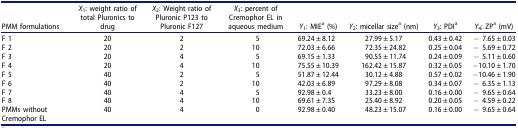
| PMM formulations | X1: weight ratio of total Pluronics to drug | X2: Weight ratio of Pluronic P123 to Pluronic F127 | X3: percent of Cremophor EL in aqueous medium | Y1: MIEa (%) | Y2: micellar sizea (nm) | Y3: PDIa | Y4: ZPa (mV) |
 | --- | --- | --- | --- | --- | --- | --- | --- |
 | F 1 | 20 | 2 | 5 | 69.24 ± 8.12 | 27.99 ± 5.17 | 0.43 ± 0.42 | − 7.65 ± 0.03 |
 | F 2 | 20 | 2 | 10 | 72.03 ± 6.66 | 72.35 ± 24.82 | 0.25 ± 0.04 | − 5.69 ± 0.72 |
 | F 3 | 20 | 4 | 5 | 69.15 ± 1.33 | 90.55 ± 11.74 | 0.24 ± 0.09 | − 5.11 ± 0.60 |
 | F 4 | 20 | 4 | 10 | 75.55 ± 10.39 | 162.42 ± 15.87 | 0.32 ± 0.05 | −10.10 ± 1.70 |
 | F 5 | 40 | 2 | 5 | 51.87 ± 12.44 | 30.12 ± 4.88 | 0.57 ± 0.02 | −10.46 ± 1.90 |
 | F 6 | 40 | 2 | 10 | 42.03 ± 6.89 | 97.29 ± 8.08 | 0.34 ± 0.07 | − 6.35 ± 1.13 |
 | F 7 | 40 | 4 | 5 | 92.98 ± 0.4 | 33.23 ± 8.00 | 0.16 ± 0.00 | − 9.65 ± 0.64 |
 | F 8 | 40 | 4 | 10 | 69.61 ± 7.35 | 25.40 ± 8.92 | 0.20 ± 0.05 | − 4.59 ± 0.22 |
 | PMMs without Cremophor EL | 40 | 4 | 0 | 92.98 ± 0.40 | 48.23 ± 15.07 | 0.16 ± 0.00 | − 9.65 ± 0.64 |